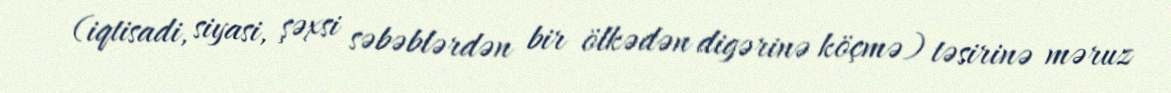
(iqtisadi, siyasi, şəxsi səbəblərdən bir ölkədən digərinə köçmə) təsirinə məruz